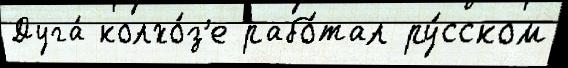
Дуга́ колхо́з'е рабо́тал ру́сском